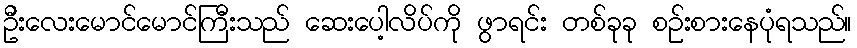
ဦးလေးမောင်မောင်ကြီးသည် ဆေးပေါ့လိပ်ကို ဖွာရင်း တစ်ခုခု စဉ်းစားနေပုံရသည်။